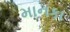
માનકા